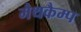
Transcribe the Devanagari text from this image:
मैथकैम्प